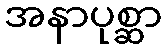
အနာပုစ္ဆာ